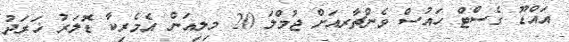
އައްޑޫ ގެސްޓް ހައުސް ވެންޗާރއަށް ޖުމްލަ 20 މިލިއަން އެމެރިކާ ޑޮލަރު ޚަރަދު